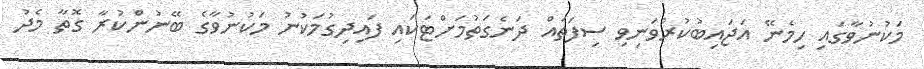
މަކުނުވާގައި ހިމެނޭ އަޖައިބުކުރުވަނިވި ސިފަތައް ދަނެގަތުމަށްޓަކައި ފައިދިގުމަކުނު މަކުނުވާގެ ބޭނުންކުރާ ގޮތާ މެދު